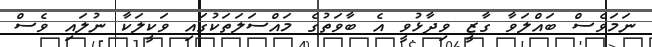
ނަމަވެސް ބައްލަވާ ގާޒީ ވިދާޅުވީ އެ ބާވަތުގެ މައްސަލަތަކުގައި ވަކީލަކާ ނުލައި ވެސް